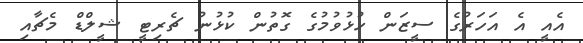
އެއީ އެ އަހަރުގެ ސީޒަން ހުޅުވުމުގެ ގޮތުން ކުޅުނު ޗެރިޓީ ޝީލްޑް މެޗާއި